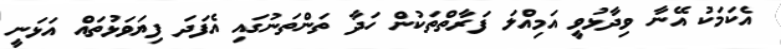
އެކަމަކު އޭނާ ވިދާޅުވީ އަމިއްލަ ފަރާތްތަކުން ހަދާ ތަންތަނުގައި އެފަދަ ފިޔަވަޅުތައް އަޅަނީ